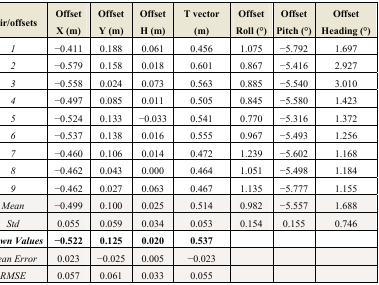
<table><thead><tr><td><b>Pair/offsets</b></td><td><b>Offset X (m)</b></td><td><b>Offset Y (m)</b></td><td><b>Offset H (m)</b></td><td><b>T vector (m)</b></td><td><b>Offset Roll (°)</b></td><td><b>Offset Pitch (°)</b></td><td><b>Offset Heading (°)</b></td></tr></thead><tbody><tr><td><i>1</i></td><td>−0.411</td><td>0.188</td><td>0.061</td><td>0.456</td><td>1.075</td><td>−5.792</td><td>1.697</td></tr><tr><td><i>2</i></td><td>−0.579</td><td>0.158</td><td>0.018</td><td>0.601</td><td>0.867</td><td>−5.416</td><td>2.927</td></tr><tr><td><i>3</i></td><td>−0.558</td><td>0.024</td><td>0.073</td><td>0.563</td><td>0.885</td><td>−5.540</td><td>3.010</td></tr><tr><td><i>4</i></td><td>−0.497</td><td>0.085</td><td>0.011</td><td>0.505</td><td>0.845</td><td>−5.580</td><td>1.423</td></tr><tr><td><i>5</i></td><td>−0.524</td><td>0.133</td><td>−0.033</td><td>0.541</td><td>0.770</td><td>−5.316</td><td>1.372</td></tr><tr><td><i>6</i></td><td>−0.537</td><td>0.138</td><td>0.016</td><td>0.555</td><td>0.967</td><td>−5.493</td><td>1.256</td></tr><tr><td><i>7</i></td><td>−0.460</td><td>0.106</td><td>0.014</td><td>0.472</td><td>1.239</td><td>−5.602</td><td>1.168</td></tr><tr><td><i>8</i></td><td>−0.462</td><td>0.043</td><td>0.000</td><td>0.464</td><td>1.051</td><td>−5.498</td><td>1.184</td></tr><tr><td><i>9</i></td><td>−0.462</td><td>0.027</td><td>0.063</td><td>0.467</td><td>1.135</td><td>−5.777</td><td>1.155</td></tr><tr><td><i>Mean</i></td><td>−0.499</td><td>0.100</td><td>0.025</td><td>0.514</td><td>0.982</td><td>−5.557</td><td>1.688</td></tr><tr><td><i>Std</i></td><td>0.055</td><td>0.059</td><td>0.034</td><td>0.053</td><td>0.154</td><td>0.155</td><td>0.746</td></tr><tr><td><b><i>Known Values</i></b></td><td><b>−0.522</b></td><td><b>0.125</b></td><td><b>0.020</b></td><td><b>0.537</b></td><td></td><td></td><td></td></tr><tr><td><i>Mean Error</i></td><td>0.023</td><td>−0.025</td><td>0.005</td><td>−0.023</td><td></td><td></td><td></td></tr><tr><td><i>RMSE</i></td><td>0.057</td><td>0.061</td><td>0.033</td><td>0.055</td><td></td><td></td><td></td></tr></tbody></table>